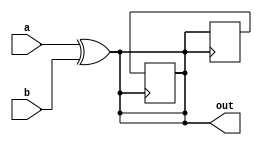
module xor_gate_delay (
    input wire a,
    input wire b,
    output reg out
);

// Timing control and synchronization block
reg delay_element;

// XOR gate functionality
always @ (a or b) begin
    out = a ^ b;
end

// Delay element
always @ (posedge out) begin
    delay_element <= out;
    out <= delay_element;
end

endmodule